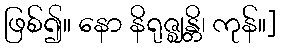
ဖြစ်၍။ နော နိရုဇ္ဈန္တိ၊ ကုန်။]